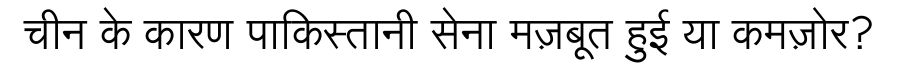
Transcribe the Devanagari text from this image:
चीन के कारण पाकिस्तानी सेना मज़बूत हुई या कमज़ोर?